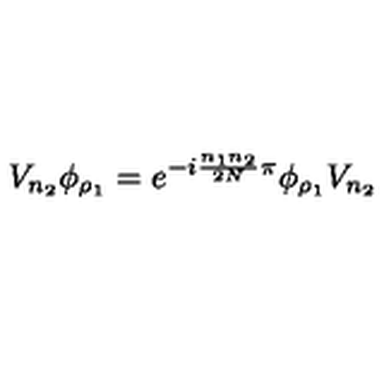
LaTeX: V _ { n _ { 2 } } \phi _ { \rho _ { 1 } } = e ^ { - i \frac { n _ { 1 } n _ { 2 } } { 2 N } \pi } \phi _ { \rho _ { 1 } } V _ { n _ { 2 } }